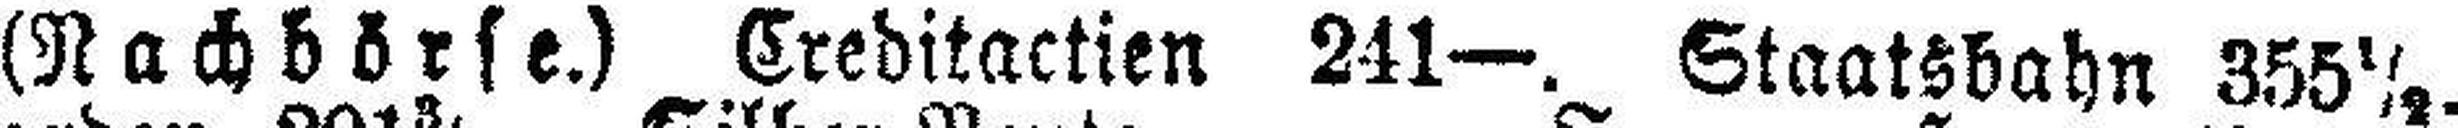
(Nachbörse.) Creditactien 241—. Staatsbahn 355½.